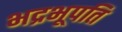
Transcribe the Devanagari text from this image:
भद्रभूपति